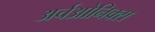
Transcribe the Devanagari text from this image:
अर्चओनिक्स